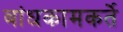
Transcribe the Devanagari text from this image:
बांधकामकर्ते